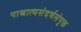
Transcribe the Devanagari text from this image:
पाश्चात्यसंदर्भसंपृक्त